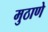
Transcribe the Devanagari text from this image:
मुठाणे